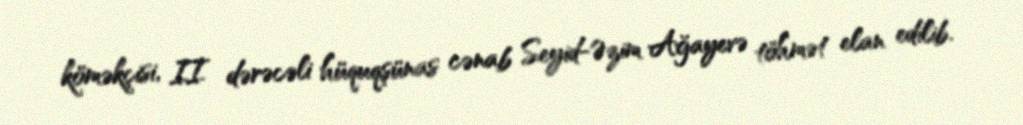
köməkçisi, II dərəcəli hüquqşünas cənab Seyid-Əzim Ağayevə töhmət elan edilib.